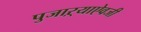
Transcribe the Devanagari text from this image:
पुजाऱ्याऐवजी